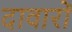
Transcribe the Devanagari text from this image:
दावारों